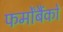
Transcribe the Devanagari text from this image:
फर्मोंबैंकों